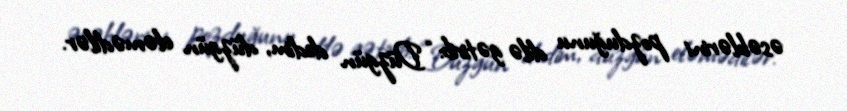
əsəblərini pozduğunu dilə gətirib: “Düzgün dedim, düzgün eləmədilər.